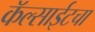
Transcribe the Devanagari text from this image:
कॅल्साईटचा